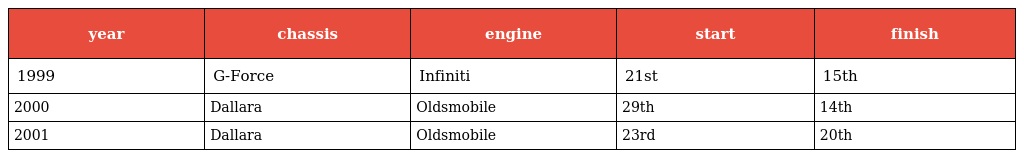
| year | chassis | engine | start | finish |
 | --- | --- | --- | --- | --- |
 | 1999 | G-Force | Infiniti | 21st | 15th |
 | 2000 | Dallara | Oldsmobile | 29th | 14th |
 | 2001 | Dallara | Oldsmobile | 23rd | 20th |